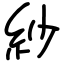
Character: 紗